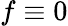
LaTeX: f\equiv 0